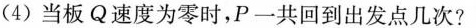
(4)当板Q速度为零时，P一共回到出发点儿次?